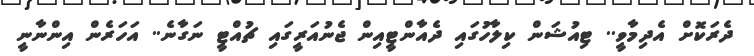
ދެރަކޮށް އެދިމާވީ.. ޓިއުޝަން ކިލާހުގައި ދެއާންޓީއިން ޖެނުއަރީގައި ޗުއްޓީ ނަގާނެ.. އަހަރެން އިންނާނީ